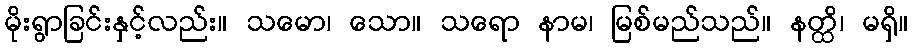
မိုးရွာခြင်းနှင့်လည်း။ သမော၊ သော။ သရော နာမ၊ မြစ်မည်သည်။ နတ္ထိ၊ မရှိ။